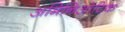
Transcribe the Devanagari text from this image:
अमिनिओटिक